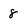
Character: 8